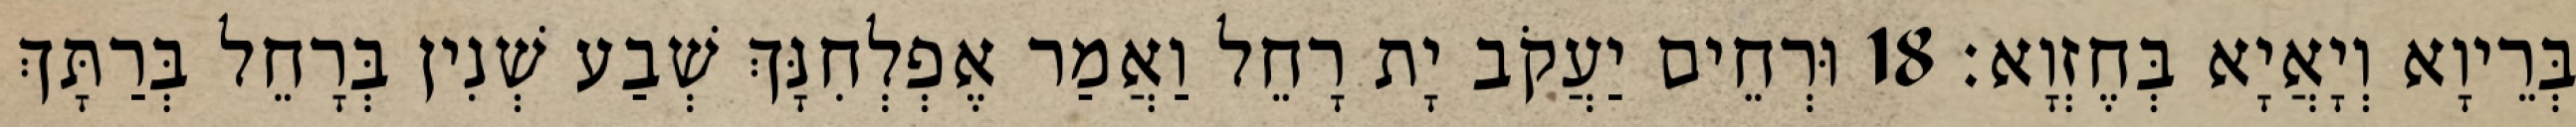
בְּרֵיוָא וְיָאֲיָא בְּחֶזְוָא׃ 18 וּרְחֵים יַעֲקֹב יָת רָחֵל וַאֲמַר אֶפְלְחִנָּךְ שְׁבַע שְׁנִין בְּרָחֵל בְּרַתָּךְ